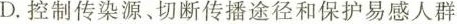
D.控制传染源、切断传播途径和保护易感人群